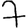
Digit: 7